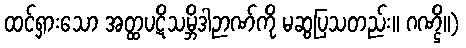
ထင်ရှားသော အတ္ထပဋိသမ္ဘိဒါဉာဏ်ကို မဆွပြသတည်း။ ဂဏ္ဌိ။)